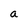
Character: a